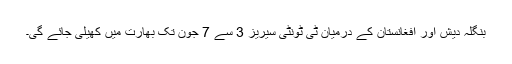
بنگلہ دیش اور افغانستان کے درمیان ٹی ٹونٹی سیریز 3 سے 7 جون تک بھارت میں کھیلی جائے گی۔